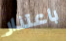
باعتذار